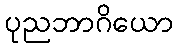
ပုညဘာဂိယော